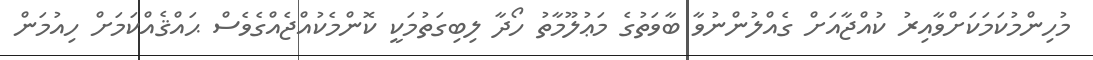
މުހިންމުކަމަކަށްވާއިރު ކުއްޖާއަށް ގެއްލުންނުވާ ބާވަތުގެ މަޢުލޫމާތު ހޯދާ ލިބިގަތުމަކީ ކޮންމެކުއްޖެއްގެވެސް ޙައްޤެއްކަމަށް ހިއުމަން